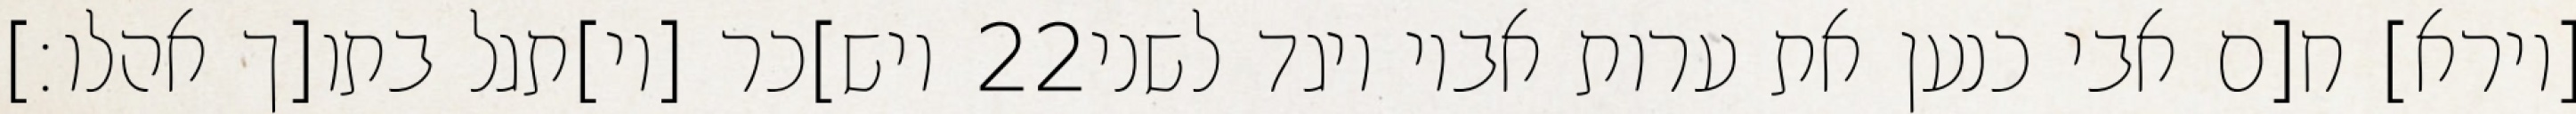
ויש]כר [וי]תגל בתו[ך אהלו׃] ‎22‏ [וירא] ח[ם אבי כנען את ערות אביו ויגד לשני